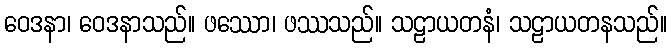
ဝေဒနာ၊ ဝေဒနာသည်။ ဖဿော၊ ဖဿသည်။ သဠာယတနံ၊ သဠာယတနသည်။